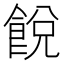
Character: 䬽